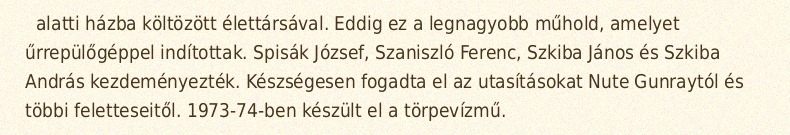
alatti házba költözött élettársával. Eddig ez a legnagyobb műhold, amelyet űrrepülőgéppel indítottak. Spisák József, Szaniszló Ferenc, Szkiba János és Szkiba András kezdeményezték. Készségesen fogadta el az utasításokat Nute Gunraytól és többi feletteseitől. 1973-74-ben készült el a törpevízmű.